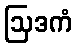
ဩဒကံ